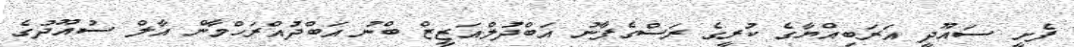
ފެށީ ސައޫދީ އަރަބިއްޔާގެ ކުރީގެ ރަސްގެފާނު އަބްދުލްއަޒީޒް ބްނު އަބްދުއްރަހްމާން އާލް ސުއޫދުގެ